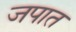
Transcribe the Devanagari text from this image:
जपात